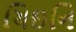
ચિઇનિ